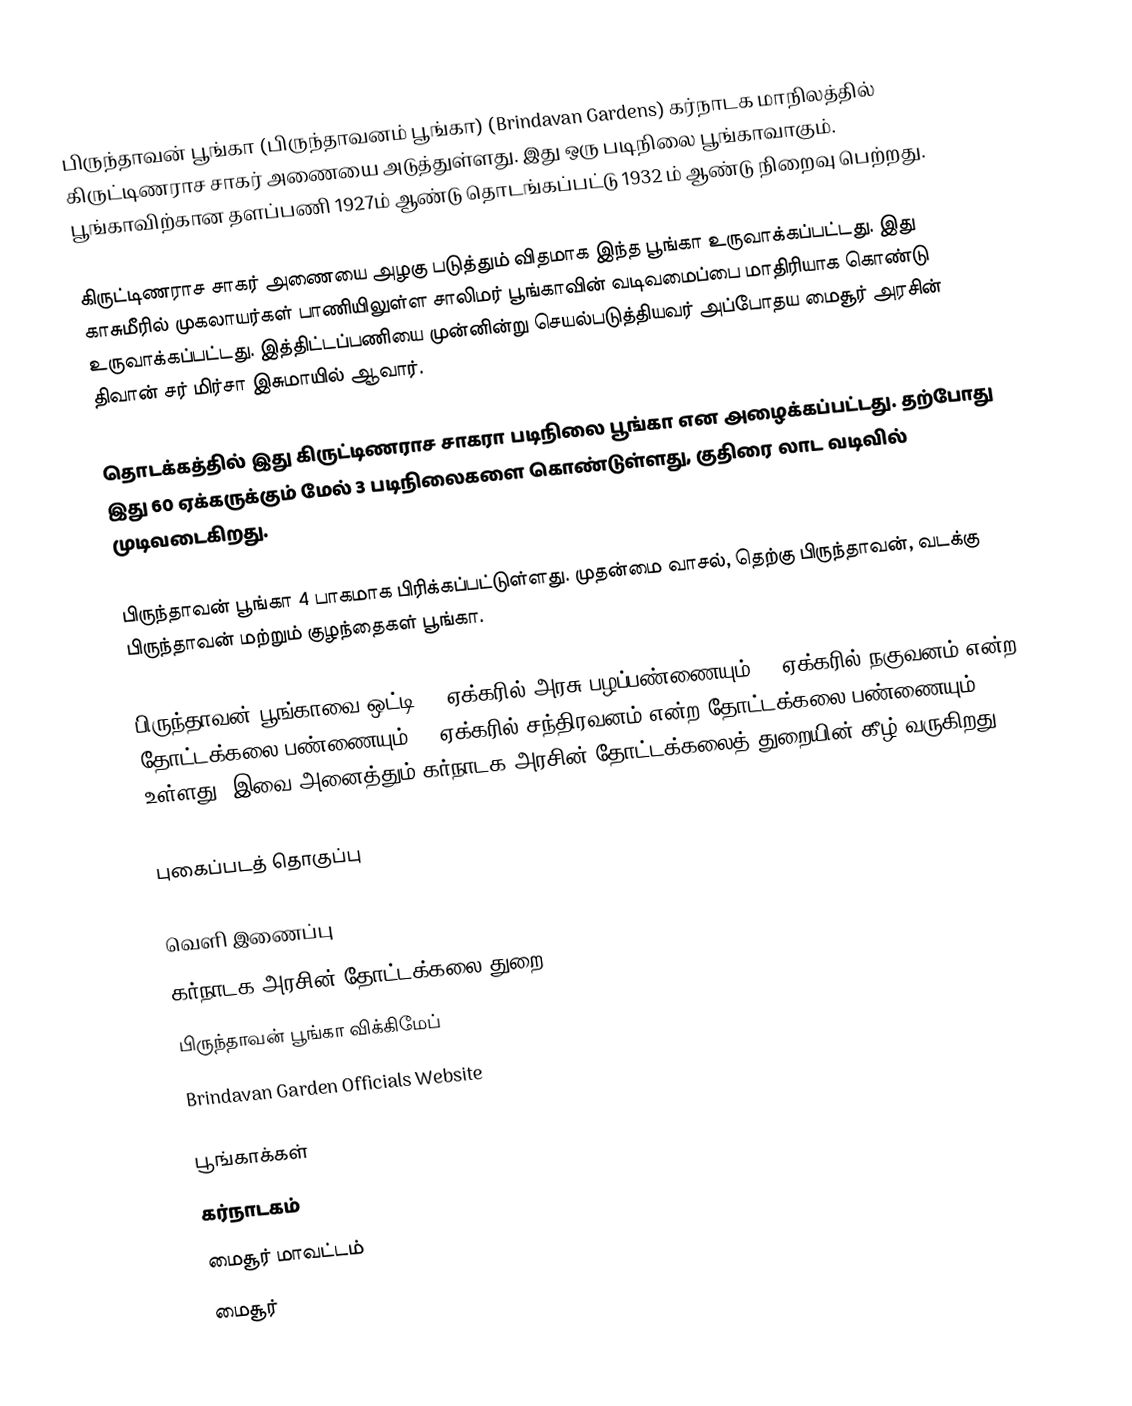
பிருந்தாவன் பூங்கா (பிருந்தாவனம் பூங்கா) (Brindavan Gardens) கர்நாடக மாநிலத்தில் கிருட்டிணராச சாகர் அணையை அடுத்துள்ளது. இது ஒரு படிநிலை பூங்காவாகும். பூங்காவிற்கான தளப்பணி 1927ம் ஆண்டு தொடங்கப்பட்டு 1932 ம் ஆண்டு நிறைவு பெற்றது.

கிருட்டிணராச சாகர் அணையை அழகு படுத்தும் விதமாக இந்த பூங்கா உருவாக்கப்பட்டது. இது காசுமீரில் முகலாயர்கள் பாணியிலுள்ள சாலிமர் பூங்காவின் வடிவமைப்பை மாதிரியாக கொண்டு உருவாக்கப்பட்டது. இத்திட்டப்பணியை முன்னின்று செயல்படுத்தியவர் அப்போதய மைசூர் அரசின் திவான் சர் மிர்சா இசுமாயில் ஆவார்.

தொடக்கத்தில் இது கிருட்டிணராச சாகரா படிநிலை பூங்கா என அழைக்கப்பட்டது. தற்போது இது 60 ஏக்கருக்கும் மேல் 3 படிநிலைகளை கொண்டுள்ளது, குதிரை லாட வடிவில் முடிவடைகிறது.

பிருந்தாவன் பூங்கா 4 பாகமாக பிரிக்கப்பட்டுள்ளது. முதன்மை வாசல், தெற்கு பிருந்தாவன், வடக்கு பிருந்தாவன் மற்றும் குழந்தைகள் பூங்கா.

பிருந்தாவன் பூங்காவை ஒட்டி 75 ஏக்கரில் அரசு பழப்பண்ணையும் 30 ஏக்கரில் நகுவனம் என்ற தோட்டக்கலை பண்ணையும், 5 ஏக்கரில் சந்திரவனம் என்ற தோட்டக்கலை பண்ணையும் உள்ளது. இவை அனைத்தும் கர்நாடக அரசின் தோட்டக்கலைத் துறையின் கீழ் வருகிறது.

புகைப்படத் தொகுப்பு

வெளி இணைப்பு
கர்நாடக அரசின் தோட்டக்கலை துறை
பிருந்தாவன் பூங்கா விக்கிமேப்
Brindavan Garden Officials Website

பூங்காக்கள்
கர்நாடகம்
மைசூர் மாவட்டம்
மைசூர்